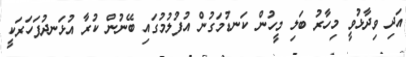
އަދި ވިދާޅުވީ މިހާރު ބަލި މީހުން ކަނޑުމަގުން އުފުލުމުގައި ބޭނުން ކުރާ އުޅަނދުފަހަރަކީ